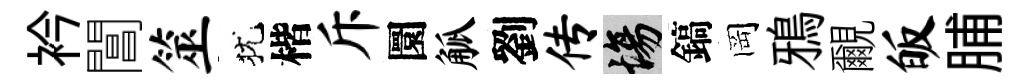
衿閶筮犹楷斥圜觚劉传場鎬岡鴉覼皈脯